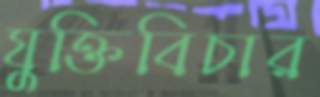
যুক্তিবিচার